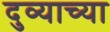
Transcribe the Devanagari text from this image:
दुव्याच्या